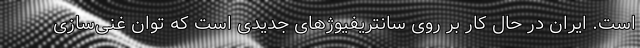
است. ایران در حال کار بر روی سانتریفیوژهای جدیدی است که توان غنی‌سازی